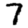
Digit: 7